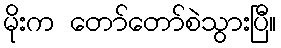
မိုးက တော်တော်စဲသွားပြီ။